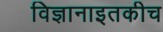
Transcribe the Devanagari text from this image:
विज्ञानाइतकीच